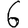
Digit: 6